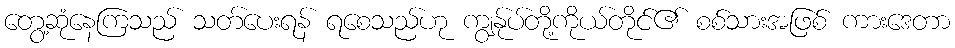
တွေ့ဆုံနေကြသည် သတ်ပေးရန် ရစေသည်ဟု ကျွန်ုပ်တို့ကိုယ်တိုင်၏ စစ်သားအဖြစ် ကားဒေတာ